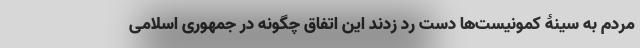
مردم به سینۀ کمونیست‌ها دست رد زدند این اتفاق چگونه در جمهوری اسلامی